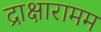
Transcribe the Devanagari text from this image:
द्राक्षारामम